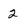
Character: 2